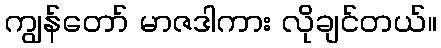
ကျွန်တော် မာဇဒါကား လိုချင်တယ်။